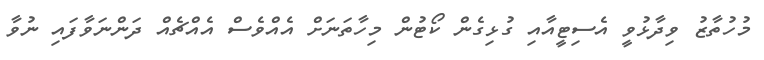
މުހުތާޒު ވިދާޅުވީ އެސިޓީއާއި ގުޅިގެން ކޯޓުން މިހާތަނަށް އެއްވެސް އެއްޗެއް ދަންނަވާފައި ނުވާ